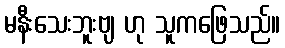
မနီးသေးဘူးဗျ ဟု သူကဖြေသည်။